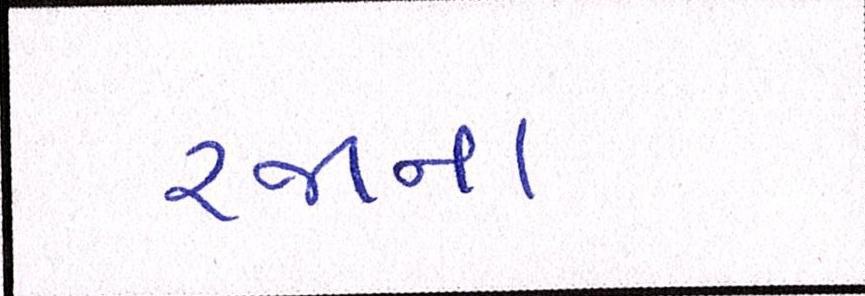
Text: રજાના